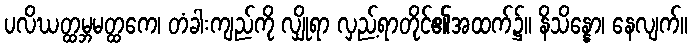
ပလိဃတ္ထမ္ဘမတ္ထကေ၊ တံခါးကျည်ကို လျှိုရာ လှည့်ရာတိုင်၏အထက်၌။ နိသိန္နော၊ နေလျက်။